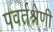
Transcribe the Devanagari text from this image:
पवर्तश्रेणी